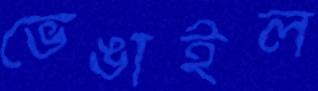
ভেঙাইল